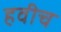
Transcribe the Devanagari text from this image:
हवीच